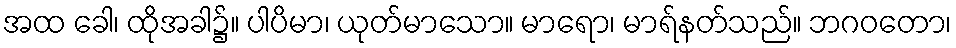
အထ ခေါ၊ ထိုအခါ၌။ ပါပိမာ၊ ယုတ်မာသော။ မာရော၊ မာရ်နတ်သည်။ ဘဂဝတော၊